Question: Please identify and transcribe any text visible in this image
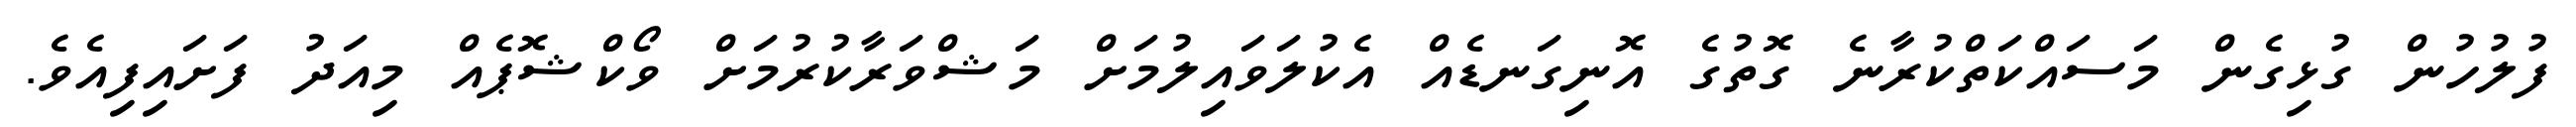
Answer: ފުލުހުން ގުޅިގެން މަސައްކަތްކުރާނެ ގޮތުގެ އޮނިގަނޑެއް އެކުލަވައިލުމަށް މަޝްވަރާކުރުމަށް ވޯކްޝޮޕެއް މިއަދު ފަށައިފިއެވެ.